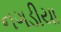
નગડીયા